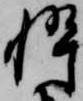
忰